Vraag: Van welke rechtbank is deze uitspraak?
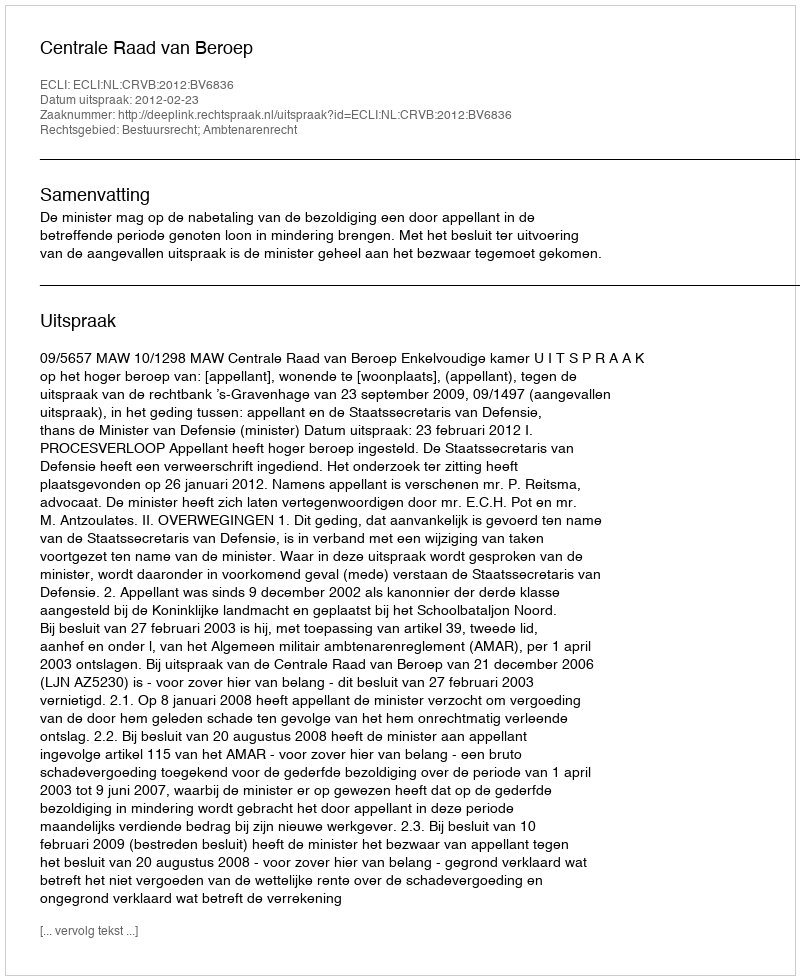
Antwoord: Centrale Raad van Beroep